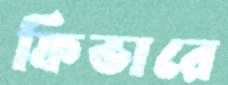
ফিভারে